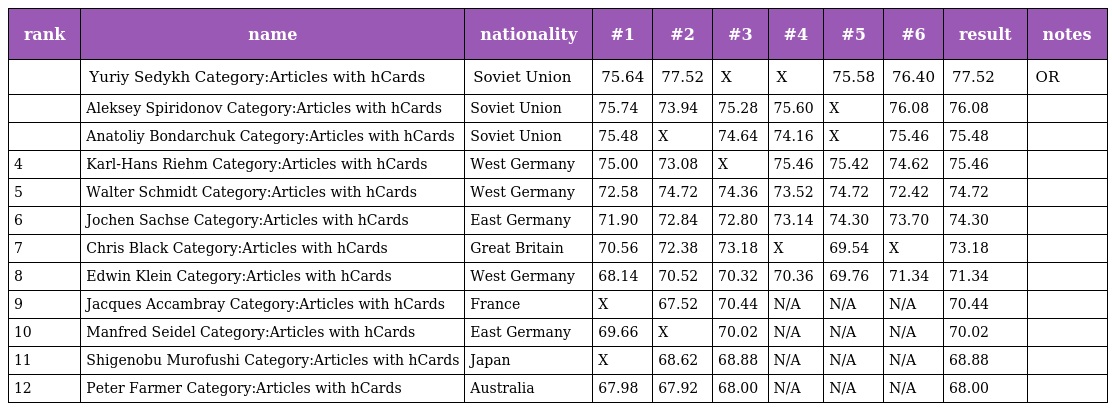
| rank | name | nationality | #1 | #2 | #3 | #4 | #5 | #6 | result | notes |
 | --- | --- | --- | --- | --- | --- | --- | --- | --- | --- | --- |
 |  | Yuriy Sedykh Category:Articles with hCards | Soviet Union | 75.64 | 77.52 | X | X | 75.58 | 76.40 | 77.52 | OR |
 |  | Aleksey Spiridonov Category:Articles with hCards | Soviet Union | 75.74 | 73.94 | 75.28 | 75.60 | X | 76.08 | 76.08 |  |
 |  | Anatoliy Bondarchuk Category:Articles with hCards | Soviet Union | 75.48 | X | 74.64 | 74.16 | X | 75.46 | 75.48 |  |
 | 4 | Karl-Hans Riehm Category:Articles with hCards | West Germany | 75.00 | 73.08 | X | 75.46 | 75.42 | 74.62 | 75.46 |  |
 | 5 | Walter Schmidt Category:Articles with hCards | West Germany | 72.58 | 74.72 | 74.36 | 73.52 | 74.72 | 72.42 | 74.72 |  |
 | 6 | Jochen Sachse Category:Articles with hCards | East Germany | 71.90 | 72.84 | 72.80 | 73.14 | 74.30 | 73.70 | 74.30 |  |
 | 7 | Chris Black Category:Articles with hCards | Great Britain | 70.56 | 72.38 | 73.18 | X | 69.54 | X | 73.18 |  |
 | 8 | Edwin Klein Category:Articles with hCards | West Germany | 68.14 | 70.52 | 70.32 | 70.36 | 69.76 | 71.34 | 71.34 |  |
 | 9 | Jacques Accambray Category:Articles with hCards | France | X | 67.52 | 70.44 | N/A | N/A | N/A | 70.44 |  |
 | 10 | Manfred Seidel Category:Articles with hCards | East Germany | 69.66 | X | 70.02 | N/A | N/A | N/A | 70.02 |  |
 | 11 | Shigenobu Murofushi Category:Articles with hCards | Japan | X | 68.62 | 68.88 | N/A | N/A | N/A | 68.88 |  |
 | 12 | Peter Farmer Category:Articles with hCards | Australia | 67.98 | 67.92 | 68.00 | N/A | N/A | N/A | 68.00 |  |